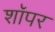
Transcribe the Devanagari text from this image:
शॉपर